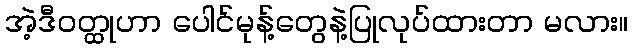
အဲ့ဒီဝတ္ထုဟာ ပေါင်မုန့်တွေနဲ့ပြုလုပ်ထားတာ မလား။